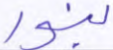
بنور